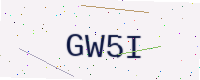
Text: GW5I